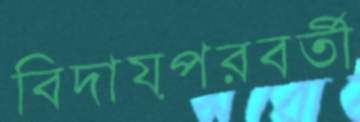
বিদায়পরবর্তী